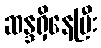
ဆန္ဒရှိနေပြီး